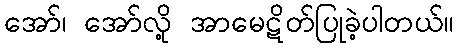
အော်၊ အော်လို့ အာမေဋိတ်ပြုခဲ့ပါတယ်။